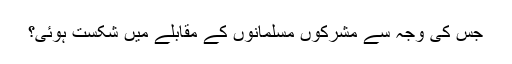
جس کی وجہ سے مشرکوں مسلمانوں کے مقابلے میں شکست ہوئی؟